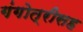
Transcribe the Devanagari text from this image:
गंगोत्रीसह